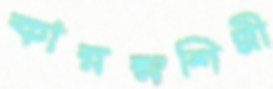
কারম্নশিল্পী